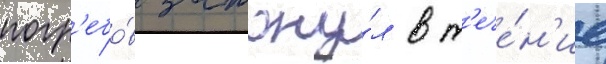
погр'ебо́в затону́л в т'ече́н'ие